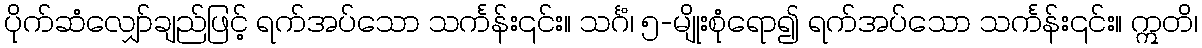
ပိုက်ဆံလျှော်ချည်ဖြင့် ရက်အပ်သော သင်္ကန်း၎င်း။ သင်္ဂံ၊ ၅-မျိုးစုံရော၍ ရက်အပ်သော သင်္ကန်း၎င်း။ ဣတိ၊